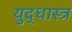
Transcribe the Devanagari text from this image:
युद्धास्त्र